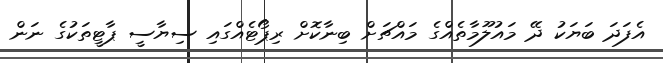
އެފަދަ ބަޔަކު ދޭ މައުލޫމާތެއްގެ މައްޗަށް ބިނާކޮށް ރިޕޯޓެއްގައި ސިޔާސީ ޕާޓީތަކުގެ ނަން